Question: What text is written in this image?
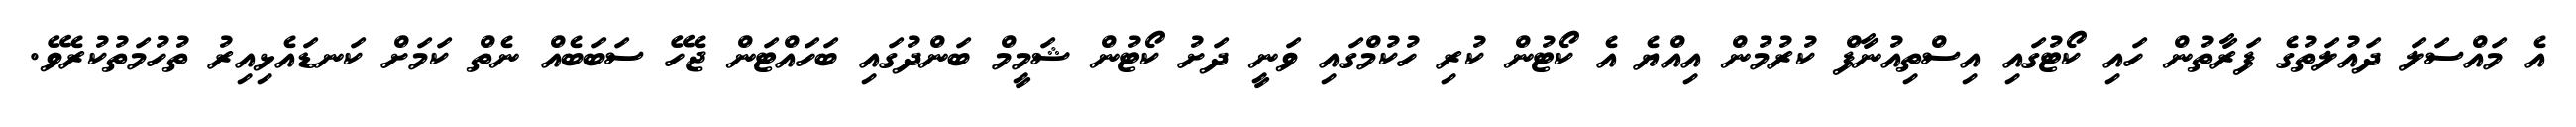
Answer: އެ މައްސަލަ ދައުލަތުގެ ފަރާތުން ހައި ކޯޓުގައި އިސްތިއުނާފް ކުރުމުން އިއްޔެ އެ ކޯޓުން ކުރި ހުކުމްގައި ވަނީ ދަށު ކޯޓުން ޝަމީމް ބަންދުގައި ބަހައްޓަން ޖެހޭ ސަބަބެއް ނެތް ކަމަށް ކަނޑައެޅިއިރު ތުހުމަތުކުރެވޭ.